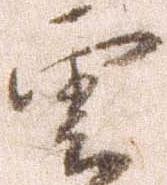
雲